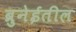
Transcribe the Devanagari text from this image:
ब्रुनेईतील